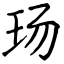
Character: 玚